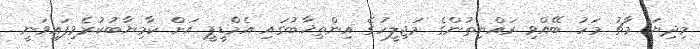
މިދިޔަ މާޗު މަހު ބޭއްވި ރައްޔިތުންގެ މަޖިލީހުގެ އިންތިޚާބުގައި އެމްޑީޕީ އަށް ކާމިޔާބުކުރެވިފައިވަނީ